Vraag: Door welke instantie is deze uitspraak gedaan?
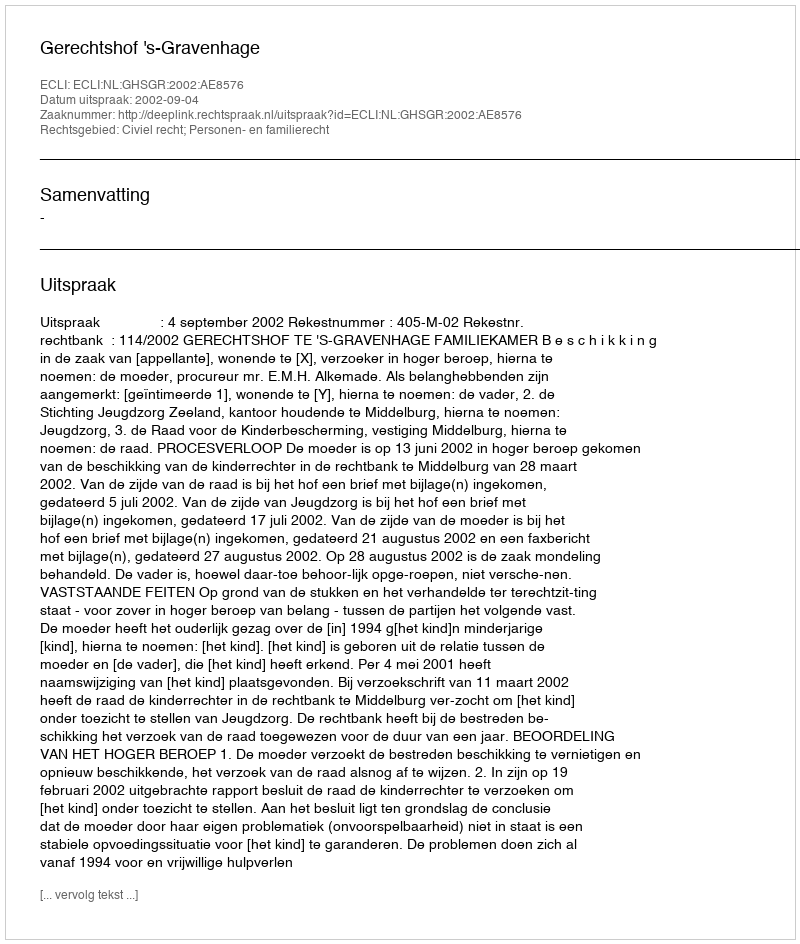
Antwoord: Gerechtshof 's-Gravenhage